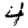
Digit: 4